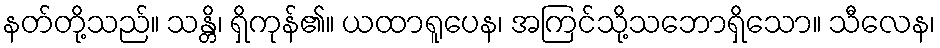
နတ်တို့သည်။ သန္တိ၊ ရှိကုန်၏။ ယထာရူပေန၊ အကြင်သို့သဘောရှိသော။ သီလေန၊